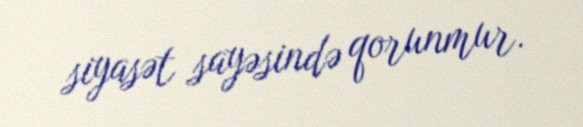
siyasət sayəsində qorunmur.